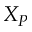
X _ { P }